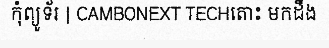
កុំព្យូទ័រ | CAMBONEXT TECHតោះ មកដឹង